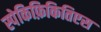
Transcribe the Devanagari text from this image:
स्पेकिफ़िकितिएस